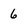
Character: 6